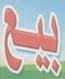
بيع